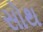
સોથ